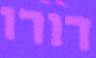
דורו